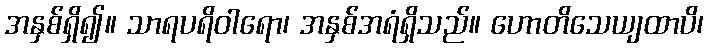
အနှစ်ရှိ၍။ သာရပရိဝါရော၊ အနှစ်အရံရှိသည်။ ဟောတိသေယျထာပိ၊